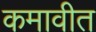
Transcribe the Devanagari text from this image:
कमावीत